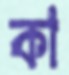
কা